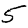
Digit: 5